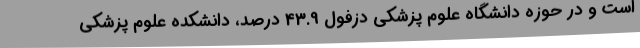
است و در حوزه دانشگاه علوم پزشکی دزفول 43.9 درصد، دانشکده علوم پزشکی